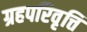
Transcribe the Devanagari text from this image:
ग्रहपरिवृत्ति